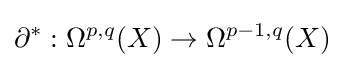
\partial ^{*}:\Omega ^{p,q}(X)\to \Omega ^{p-1,q}(X)